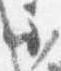
不